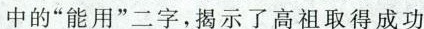
中的”能用”二字，揭示了高祖取得成功